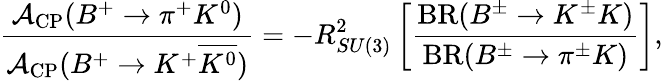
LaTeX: \frac{{\cal A}_{\mathrm{CP}}(B^{+}\to\pi^{+}K^{0})}{{\cal A}_{\mathrm{CP}}(B^{+}\to K^{+}\overline{{{K^{0}}}})}=-R_{SU(3)}^{2}\left[\frac{\mathrm{BR}(B^{\pm}\to K^{\pm}K)}{\mathrm{BR}(B^{\pm}\to\pi^{\pm}K)}\right],